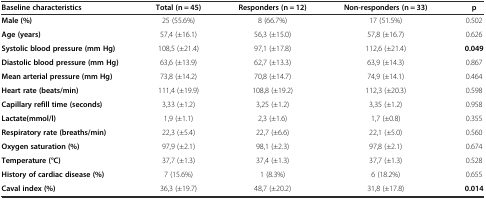
<table><thead><tr><td><b>Baseline characteristics</b></td><td><b>Total (n = 45)</b></td><td><b>Responders (n = 12)</b></td><td><b>Non-responders (n = 33)</b></td><td><b>p</b></td></tr></thead><tbody><tr><td><b>Male (%)</b></td><td>25 (55.6%)</td><td>8 (66.7%)</td><td>17 (51.5%)</td><td>0.502</td></tr><tr><td><b>Age (years)</b></td><td>57,4 (±16.1)</td><td>56,3 (±15.0)</td><td>57,8 (±16.7)</td><td>0.626</td></tr><tr><td><b>Systolic blood pressure (mm Hg)</b></td><td>108,5 (±21.4)</td><td>97,1 (±17.8)</td><td>112,6 (±21.4)</td><td><b>0.049</b></td></tr><tr><td><b>Diastolic blood pressure (mm Hg)</b></td><td>63,6 (±13.9)</td><td>62,7 (±13.3)</td><td>63,9 (±14.3)</td><td>0.867</td></tr><tr><td><b>Mean arterial pressure (mm Hg)</b></td><td>73,8 (±14.2)</td><td>70,8 (±14.7)</td><td>74,9 (±14.1)</td><td>0.464</td></tr><tr><td><b>Heart rate (beats/min)</b></td><td>111,4 (±19.9)</td><td>108,8 (±19.2)</td><td>112,3 (±20.3)</td><td>0.598</td></tr><tr><td><b>Capillary refill time (seconds)</b></td><td>3,33 (±1.2)</td><td>3,25 (±1.2)</td><td>3,35 (±1.2)</td><td>0.958</td></tr><tr><td><b>Lactate(mmol/l)</b></td><td>1,9 (±1.1)</td><td>2,3 (±1.6)</td><td>1,7 (±0.8)</td><td>0.355</td></tr><tr><td><b>Respiratory rate (breaths/min)</b></td><td>22,3 (±5.4)</td><td>22,7 (±6.6)</td><td>22,1 (±5.0)</td><td>0.560</td></tr><tr><td><b>Oxygen saturation (%)</b></td><td>97,9 (±2.1)</td><td>98,1 (±2.3)</td><td>97,8 (±2.1)</td><td>0.674</td></tr><tr><td><b>Temperature (°C)</b></td><td>37,7 (±1.3)</td><td>37,4 (±1.3)</td><td>37,7 (±1.3)</td><td>0.528</td></tr><tr><td><b>History of cardiac disease (%)</b></td><td>7 (15.6%)</td><td>1 (8.3%)</td><td>6 (18.2%)</td><td>0.655</td></tr><tr><td><b>Caval index (%)</b></td><td>36,3 (±19.7)</td><td>48,7 (±20.2)</td><td>31,8 (±17.8)</td><td><b>0.014</b></td></tr></tbody></table>